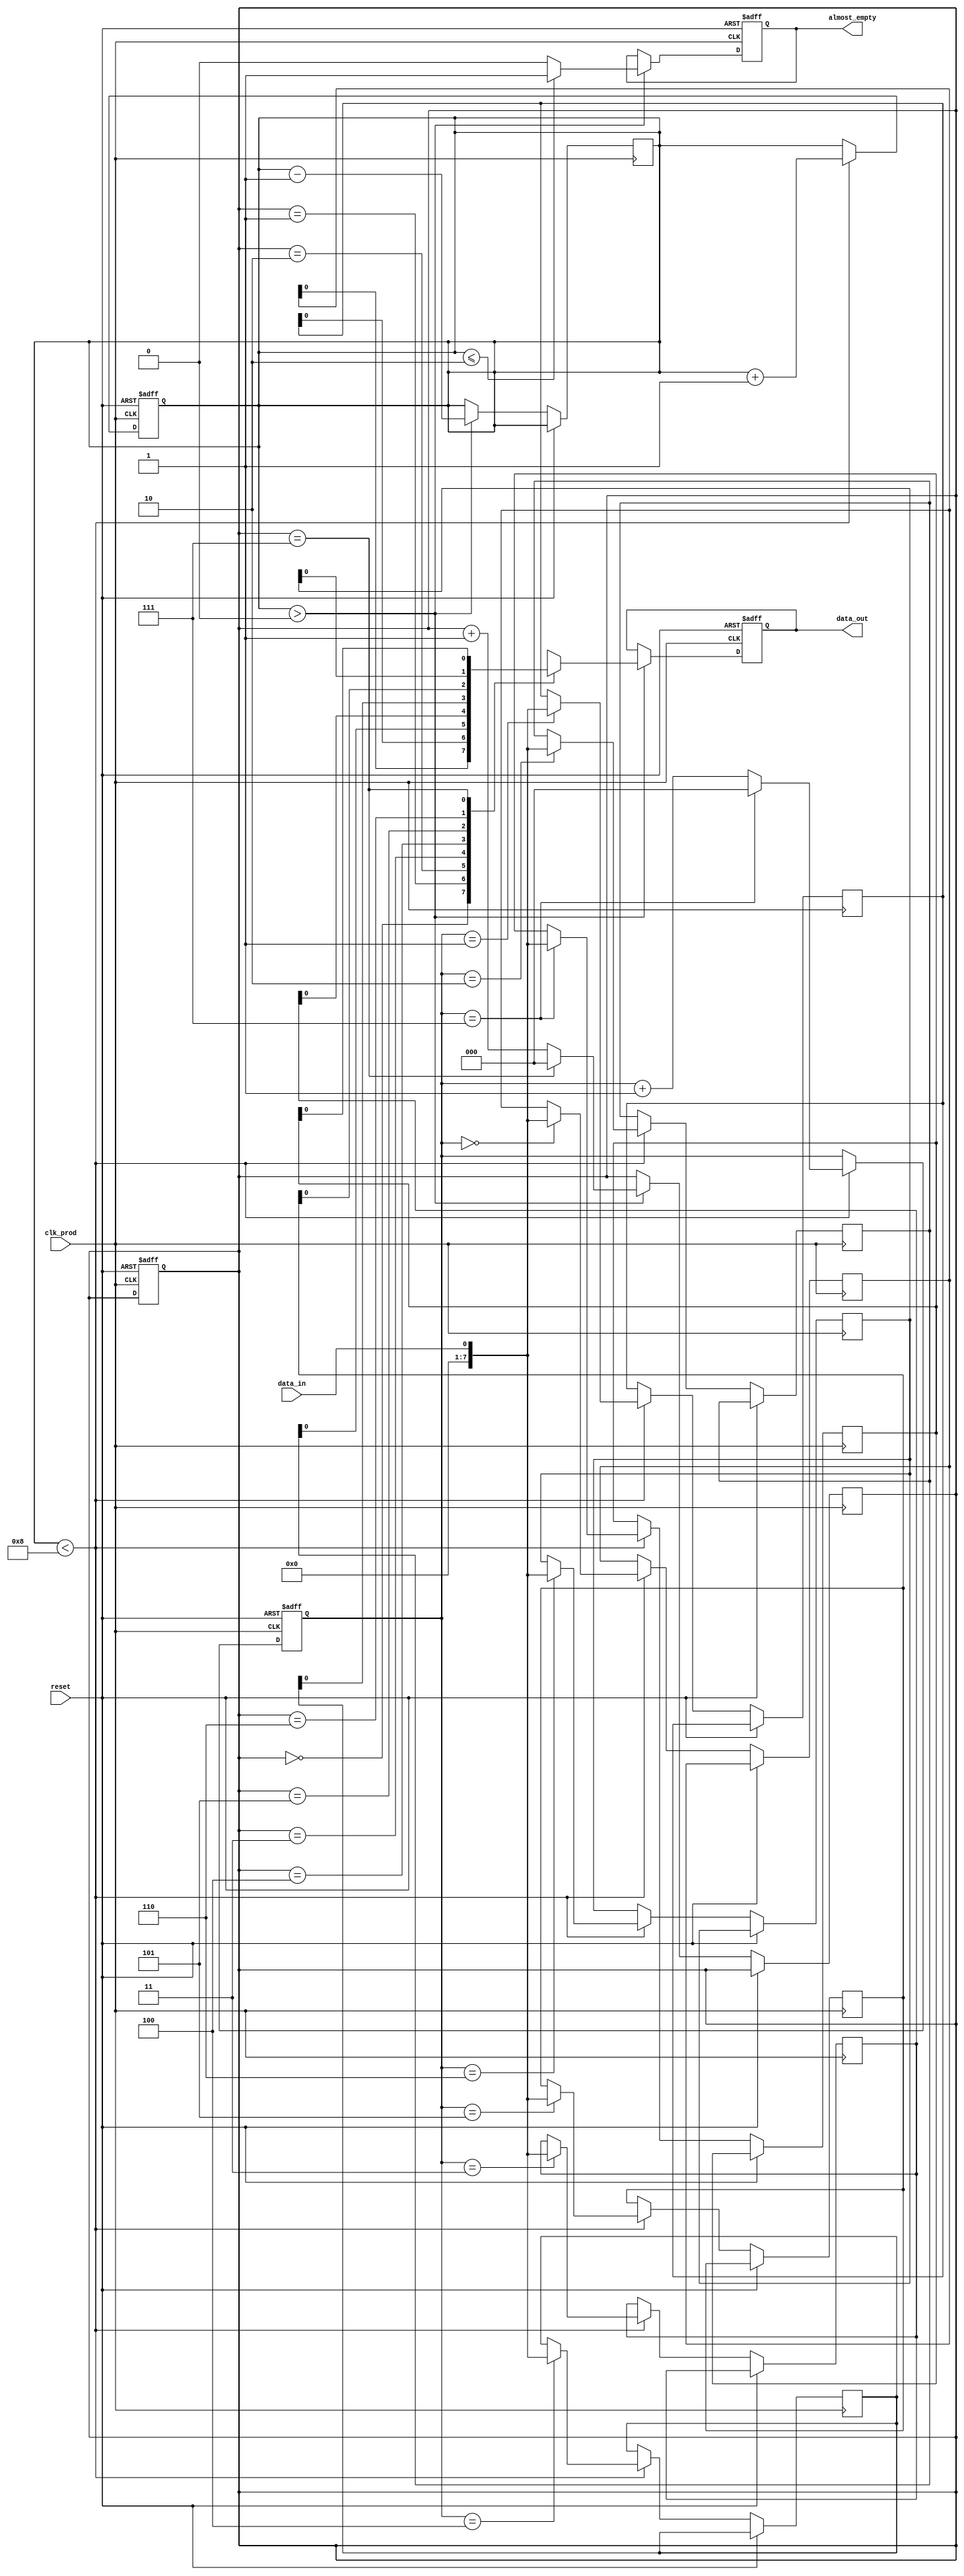
module almost_empty_fifo_buffer (
    input wire clk_prod,
    input wire reset,
    input wire data_in,
    output reg data_out,
    output reg almost_empty
);

parameter BUFFER_DEPTH = 8;
reg [7:0] fifo_buffer [0:BUFFER_DEPTH-1];
reg [2:0] write_pointer = 0;
reg [2:0] read_pointer = 0;
reg [2:0] data_count = 0;

always @(posedge clk_prod or posedge reset) begin
    if (reset) begin
        write_pointer <= 0;
        read_pointer <= 0;
        data_count <= 0;
    end else begin
        if (data_count < BUFFER_DEPTH) begin
            fifo_buffer[write_pointer] <= data_in;
            write_pointer <= (write_pointer == BUFFER_DEPTH-1) ? 0 : write_pointer + 1;
            data_count <= data_count + 1;
        end
    end
end

always @(posedge clk_prod or posedge reset) begin
    if (reset) begin
        data_out <= 0;
        almost_empty <= 1;
    end else begin
        if (data_count > 0) begin
            data_out <= fifo_buffer[read_pointer];
            read_pointer <= (read_pointer == BUFFER_DEPTH-1) ? 0 : read_pointer + 1;
            data_count <= data_count - 1;
            if (data_count <= (BUFFER_DEPTH / 4)) begin
                almost_empty <= 1;
            end else begin
                almost_empty <= 0;
            end
        end
    end
end

endmodule